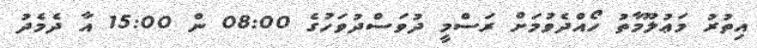
އިތުރު މަޢުލޫމާތު ހޯއްދެވުމަށް ރަސްމީ ދުވަސްދުވަހުގެ 08:00 ން 15:00 އާ ދެމެދު